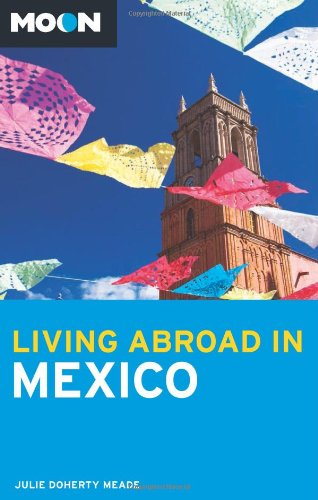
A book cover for Moon Living Abroad in Mexico; Julie Meade; Travel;